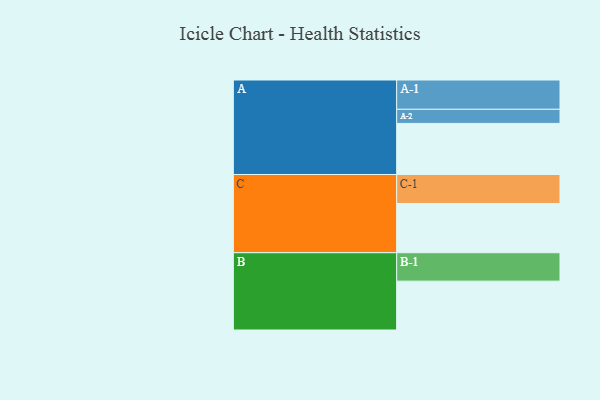
{"axis": {"x": "Segment", "y": "Value"}, "legend": ["", "A", "B", "C"], "data": [{"x": "A", "y": 478, "type": ""}, {"x": "B", "y": 457, "type": ""}, {"x": "C", "y": 460, "type": ""}, {"x": "A-1", "y": 274, "type": "A"}, {"x": "A-2", "y": 132, "type": "A"}, {"x": "B-1", "y": 266, "type": "B"}, {"x": "C-1", "y": 272, "type": "C"}]}